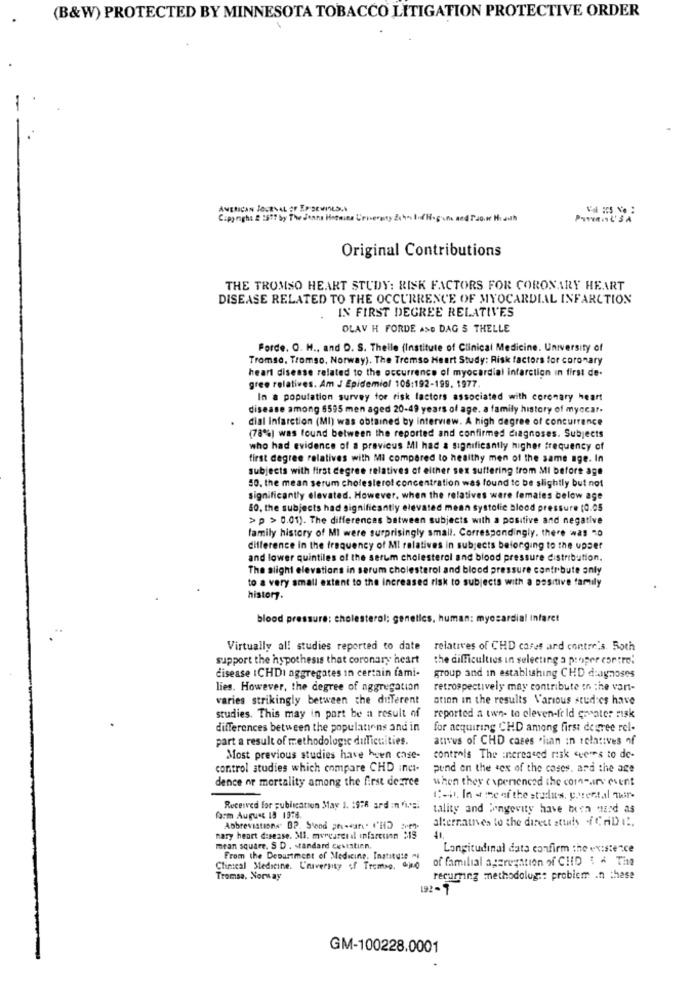
(B&W) PROTECTED BY MINNESOTA TOBACCO LITIGATION PROTECTIVE ORDER
AMERICAN JOURNAL OF EP SEWILS.
Original Contributions
THE TROMSO HEART STUDY: RISK FACTORS FOR CORONARY HEART
DISEASE RELATED TO THE OCCURRENCE OF MYOCARDIAL INFARCTION
.IN FIRST DEGREE RELATIVES
OLAV H FORDE ASO DAG S THELLE
Force. O. H ., and D. S. Theile (Institute of Clinical Medicine. University of
Tromse. Tromso, Norway). The Tremso Heart Study: Risk factors for coronary
heart disease related to the occurrence of myocardial infarction in first de-
gree relatives. Am J Epidemiol 105:192-199. 1977.
In a population survey for risk factors associated with coronary heart
disease among 6595 men aged 20-49 years of age. a family history of myccar.
dial Infarction (MI) was obtained by interview. A high degree of concurrence
(78%) was found between the reported and confirmed diagnoses. Subjects
who had evidence of a previous MI had & significantly higher frequency of
first degree relatives with MI compared to healthy men of the same age. In
subjects with first degree relatives of either sex suffering from MI before age
50. the mean serum cholesterol concentration was found to be slightly but not
significantly elevated. However, when the relatives were females below age
80. the subjects had significantly elevated mean systolic blood pressure (0.05
> p > 0.01). The differences between subjects with a positive and negative
family history of MI were surprisingly small. Correspondingly. there was no
difference in the frequency of MI relatives in subjects belonging to the upser
and lower quintiles of the serum cholesterol and blood pressure distribution.
The alight elevations in serum cholesterol and blood pressure contribute only
to a very small extent to the increased risk to subjects with a positive family
history.
blood pressure: cholesterol; genetics, human: myocardial Infaret
Virtually al! studies reported to date
relatives of CHD cases and contre's. Both
support the hypothesis that coronary heart
the difficulties in selecting a proper contre!
disease ICHDI aggregates in certain fami-
group and in establishing CHD diagnoses
lies. However, the degree of aggregation
retrospectively may contribute in the vart-
varies strikingly between the different
ation in the results Various studies have
studies. This may in part be a result of
reported a two- to eleven-feld greater risk
differences between the populations and in
for acquiring CHD among first degree rel-
part a result of methodologie duTiccities.
ativus of CHD cases .han in relatives of
Most previous studies have huen case-
controls The increased risk sveres to do-
control studies which compare CHD inci-
pund on the <ex of the coses, and the age
dence or mortality among the first degree
when they experienced the communs event
1-4, In 4 me of the stadit's, parental mir-
Received for publication May 1. : 976 ard :n 'i' =;
tality and longevity have been Hard as
farm August 19 1376.
alternatives to the direct study (CHDi !.
Abbreviations. BP. Stood priseani. I'HD
mary heart disease. 31. murcares il infarction $15
mean square. S D . standard cevistien.
Longitudinal data confirm the existence
From the Department of Medicine, Institute al
of familial aggregation of CHID ! ^ The
Clinical Medicine. University of Tromso, and
Tromse, Norway
recurring methodolug :: problem .n these
192-1
GM-100228.0001